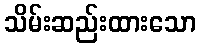
သိမ်းဆည်းထားသော